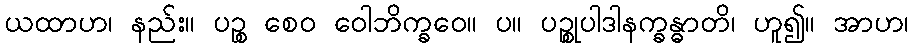
ယထာဟ၊ နည်း။ ပဉ္စ စေဝ ဝေါဘိက္ခဝေ။ ပ။ ပဉ္စုပါဒါနက္ခန္ဓာတိ၊ ဟူ၍။ အာဟ၊